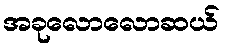
အခုလောလောဆယ်